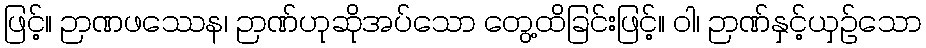
ဖြင့်။ ဉာဏဖဿေန၊ ဉာဏ်ဟုဆိုအပ်သော တွေ့ထိခြင်းဖြင့်။ ဝါ၊ ဉာဏ်နှင့်ယှဉ်သော